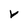
Character: v